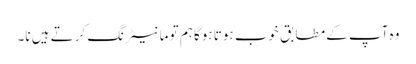
وہ آپ کے مطابق خوب ہوتا ہوگا ہم تو مانیٹرنگ کرتے ہیں نا۔